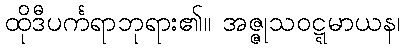
ထိုဒီပင်္ကရာဘုရား၏။ အဇ္ဇုသဝဋ္ဋမာယန၊